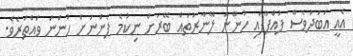
އެއީ އަބަދުވެސް ފުއްޕާފައި ހުންނަ ލޭނާރުތައް ބޭރަށް ނިކުމެ ފެންނަށް ހުންނަ ވައްތަރެވެ.